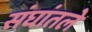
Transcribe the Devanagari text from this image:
संघांतले